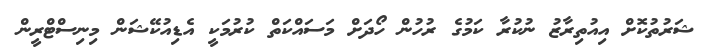
ޝަރުތުކޮށް އިއުތިރާޒު ނުކުރާ ކަމުގެ ރުހުން ހޯދަށް މަސައްކަތް ކުރުމަކީ އެޑިއުކޭޝަން މިނިސްޓްރީން